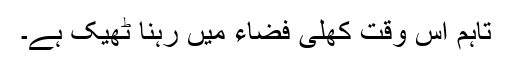
تاہم اس وقت کھلی فضاء میں رہنا ٹھیک ہے۔